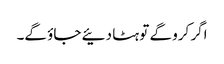
اگر کرو گے تو ہٹا دئیے جاؤ گے۔